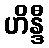
ဟိန္ဒီ